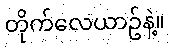
တိုက်လေယာဥ်နဲ့။